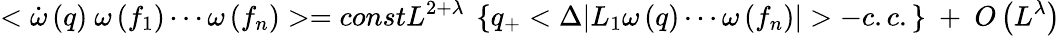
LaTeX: <\dot{\omega}\left(q\right)~\omega\left(f_{1}\right)\cdots\omega\left(f_{n}\right)>=constL^{2+\lambda}~\left\{ q_{+}<\Delta|L_{1}\omega\left(q\right)\cdots\omega\left(f_{n}\right)|>-c.c.\right\} ~+~O\left(L^{\lambda}\right)